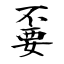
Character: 嫑